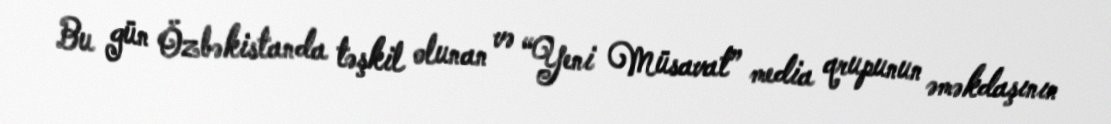
Bu gün Özbəkistanda təşkil olunan və “Yeni Müsavat” media qrupunun əməkdaşının